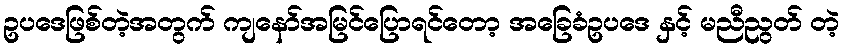
ဥပဒေဖြစ်တဲ့အတွက် ကျနော်အမြင်ပြောရင်တော့ အခြေခံဥပဒေ နှင့် မညီညွတ် တဲ့